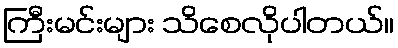
ကြီးမင်းများ သိစေလိုပါတယ်။